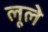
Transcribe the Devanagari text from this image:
लूले